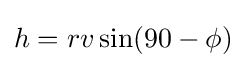
h=rv\sin(90-\phi )